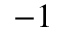
^ { - 1 }